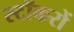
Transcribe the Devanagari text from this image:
स्टॉकरों